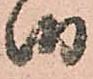
御